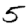
Digit: 5